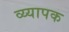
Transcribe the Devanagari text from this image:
व्य्यापक